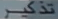
31